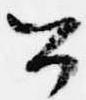
公